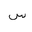
Letter: _sin